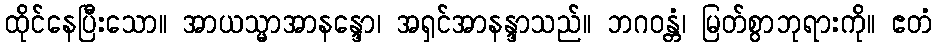
ထိုင်နေပြီးသော။ အာယသ္မာအာနန္ဒော၊ အရှင်အာနန္ဒာသည်။ ဘဂဝန္တံ၊ မြတ်စွာဘုရားကို။ ဧတံ